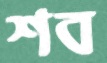
শব